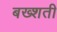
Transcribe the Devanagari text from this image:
बख्शती